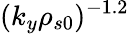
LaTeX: (k_{y}\rho_{s0})^{-1.2}